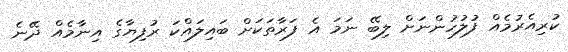
ކުރިއެރުމެއް ފުލުހުންނަށް ލިބޭ ނަމަ އެ ފަރާތަކަށް ބައިލައްކަ ރުފިޔާގެ އިނާމެއް ދޭނެ